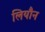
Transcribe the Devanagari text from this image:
लियौन